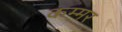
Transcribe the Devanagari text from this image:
कम्मर